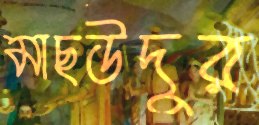
মাছউদুর